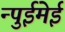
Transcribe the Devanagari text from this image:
न्पुईमेई